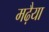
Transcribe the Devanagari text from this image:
मढ़ैया